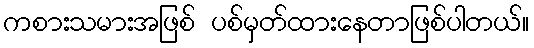
ကစားသမားအဖြစ် ပစ်မှတ်ထားနေတာဖြစ်ပါတယ်။